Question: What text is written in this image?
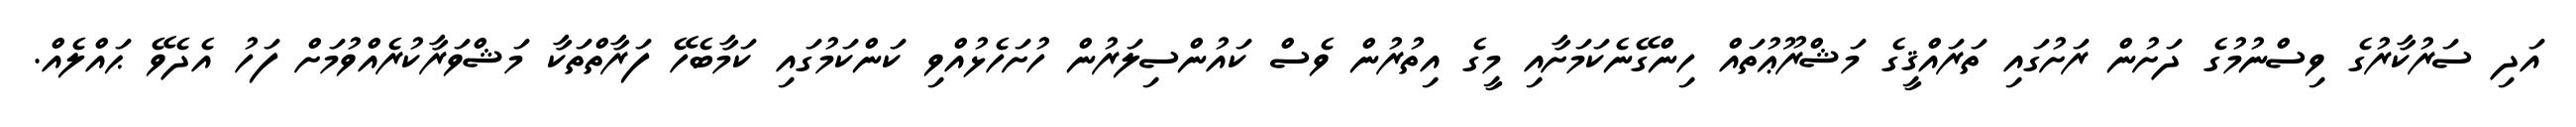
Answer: އަދި ސަރުކާރުގެ ވިސްނުމުގެ ދަށުން ރަށުގައި ތަރައްޤީގެ މަޝްރޫޢުތައް ހިންގޭނެކަމަށާއި މީގެ އިތުރުން ވެސް ކައުންސިލަރުން ހުށަހެޅުއްވި ކަންކަމުގައި ކަމާބެހޭ ފަރާތްތަކާ މަޝްވަރާކުރެއްވުމަށް ފަހު އެދެވޭ ޙައްލެއް.